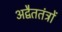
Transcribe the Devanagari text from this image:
अद्वैततंत्रों